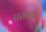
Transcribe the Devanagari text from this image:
पसरवा